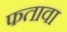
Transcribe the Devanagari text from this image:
फतावा